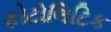
ફોટોલિટિક